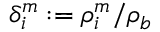
\delta _ { i } ^ { m } : = \rho _ { i } ^ { m } / \rho _ { b }